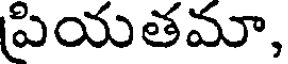
పియతమా,